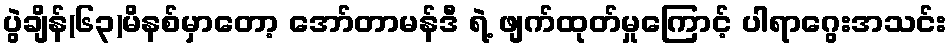
ပွဲချိန်(၆၃)မိနစ်မှာတော့ အော်တာမန်ဒီ ရဲ့ ဖျက်ထုတ်မှုကြောင့် ပါရာဂွေးအသင်း